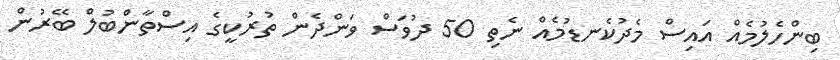
ބިންހެލުމެއް އައިސް މެދުކެނޑުމެއް ނެތި 50 ދުވަސް ވަންދެން ތުރުކީގެ އިސްތާންބުލް ބޭރުން